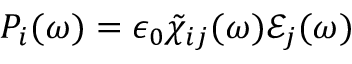
P _ { i } ( \omega ) = \epsilon _ { 0 } \tilde { \chi } _ { i j } ( \omega ) \mathcal { E } _ { j } ( \omega )